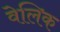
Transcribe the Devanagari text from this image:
वेलिक